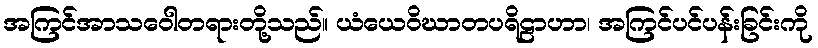
အကြင်အာသဝေါတရားတို့သည်။ ယံယေဝိဃာတပရိဠာဟာ၊ အကြင်ပင်ပန်းခြင်းကို